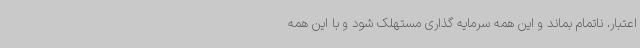
اعتبار، ناتمام بماند و این همه سرمایه گذاری مستهلک شود و با این همه